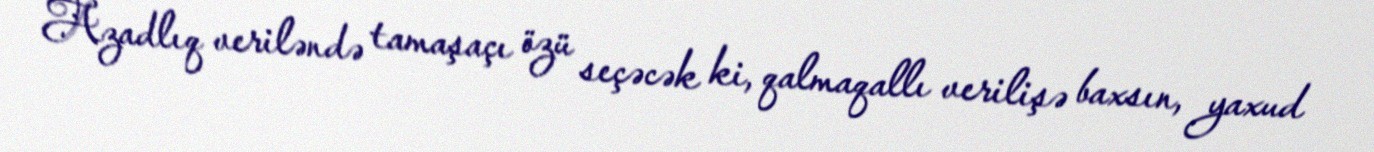
Azadlıq veriləndə tamaşaçı özü seçəcək ki, qalmaqallı verilişə baxsın, yaxud